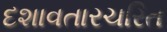
દશાવતારચરિત